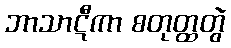
ဘာသာဋီကာ စတုတ္ထတွဲ